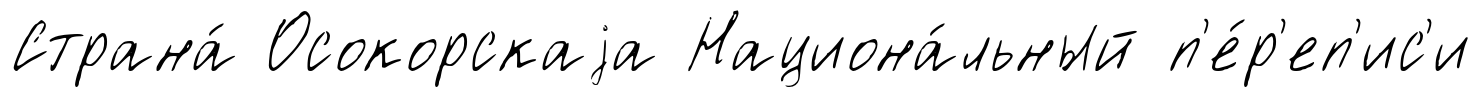
Страна́ Осокорскаjа Национа́льный п'е́р'еп'ис'и